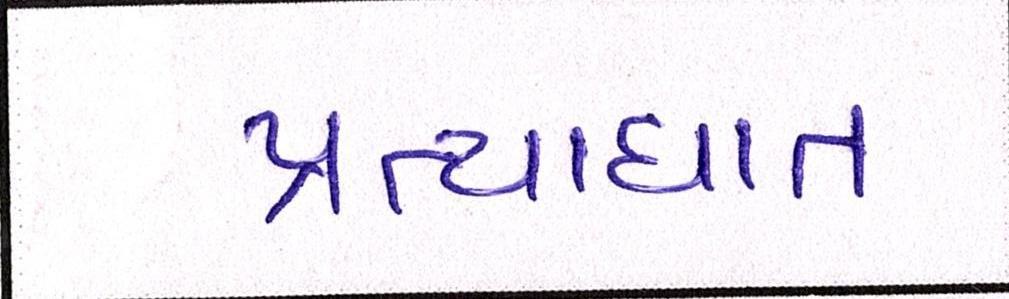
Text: પ્રત્યાઘાત